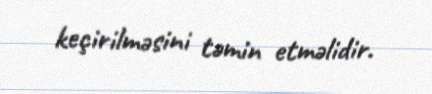
keçirilməsini təmin etməlidir.